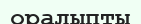
оралыпты